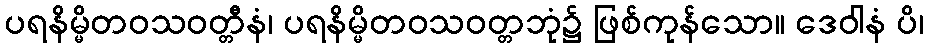
ပရနိမ္မိတဝသဝတ္တီနံ၊ ပရနိမ္မိတဝသဝတ္တဘုံ၌ ဖြစ်ကုန်သော။ ဒေဝါနံ ပိ၊